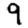
Digit: 9